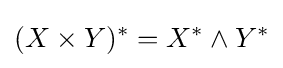
(X\times Y)^{*}=X^{*}\wedge Y^{*}